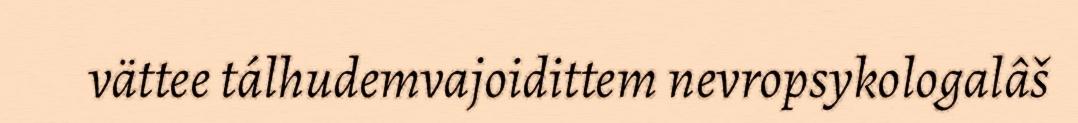
vättee tálhudemvajoidittem nevropsykologalâš